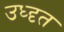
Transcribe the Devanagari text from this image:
उध्दृत